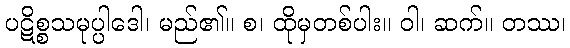
ပဋိစ္စသမုပ္ပါဒေါ၊ မည်၏။ စ၊ ထိုမှတစ်ပါး။ ဝါ၊ ဆက်။ တဿ၊